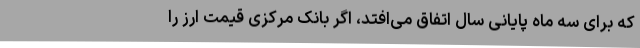
که برای سه ماه پایانی سال اتفاق می‌افتد، اگر بانک مرکزی قیمت ارز را